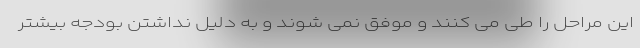
این مراحل را طی می کنند و موفق نمی شوند و به دلیل نداشتن بودجه بیشتر